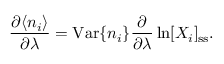
\frac { \partial \langle n _ { i } \rangle } { \partial \lambda } = \mathrm { V a r } \{ n _ { i } \} \frac { \partial } { \partial \lambda } \ln [ X _ { i } ] _ { \mathrm { s s } } .